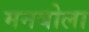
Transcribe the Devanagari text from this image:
मनयोला